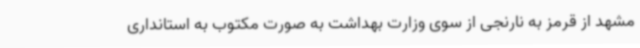
مشهد از قرمز به نارنجی از سوی وزارت بهداشت به صورت مکتوب به استانداری